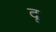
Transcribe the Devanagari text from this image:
दृ